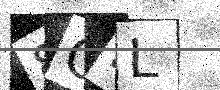
Text: 8OLL